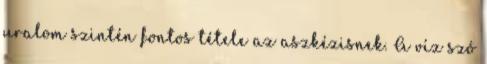
uralom szintén fontos tétele az aszkézisnek. A víz szó